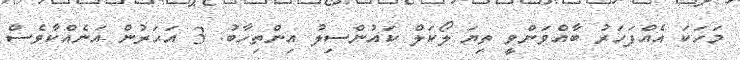
މަހަކަ އެއްފަހަރު ބާއްވަންވީ ތިޔަ ލޯކަލް ކައުންސިލު އިންތިހާބު. 3 އަހަރުން އަނެއްކާވެސް